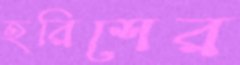
হরিশের